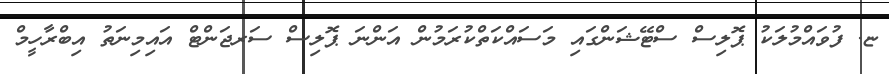
ޏ. ފުވައްމުލަކު ޕޮލިސް ސްޓޭޝަންގައި މަސައްކަތްކުރަމުން އަންނަ ޕޮލިސް ސަރޖަންޓް އައިމިނަތު އިބްރާހީމް